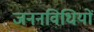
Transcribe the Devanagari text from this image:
जननविधियों